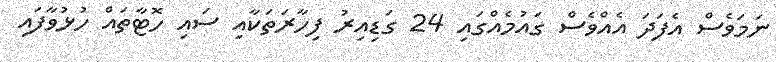
ނަމަވެސް އެފަދަ އެއްވެސް ގައުމެއްގައި 24 ގަޑިއިރު ފިހާރަތަކާއި ސައި ހޮޓާތައް ހުޅުވާފައި